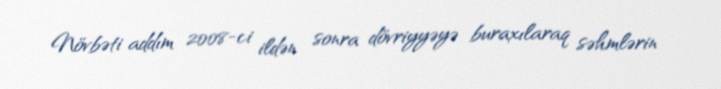
Növbəti addım 2008-ci ildən sonra dövriyyəyə buraxılaraq səhmlərin